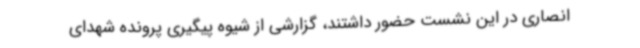
انصاری در این نشست حضور داشتند، گزارشی از شیوه پیگیری پرونده شهدای